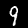
Label: 9